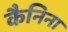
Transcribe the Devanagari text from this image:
कैनिना